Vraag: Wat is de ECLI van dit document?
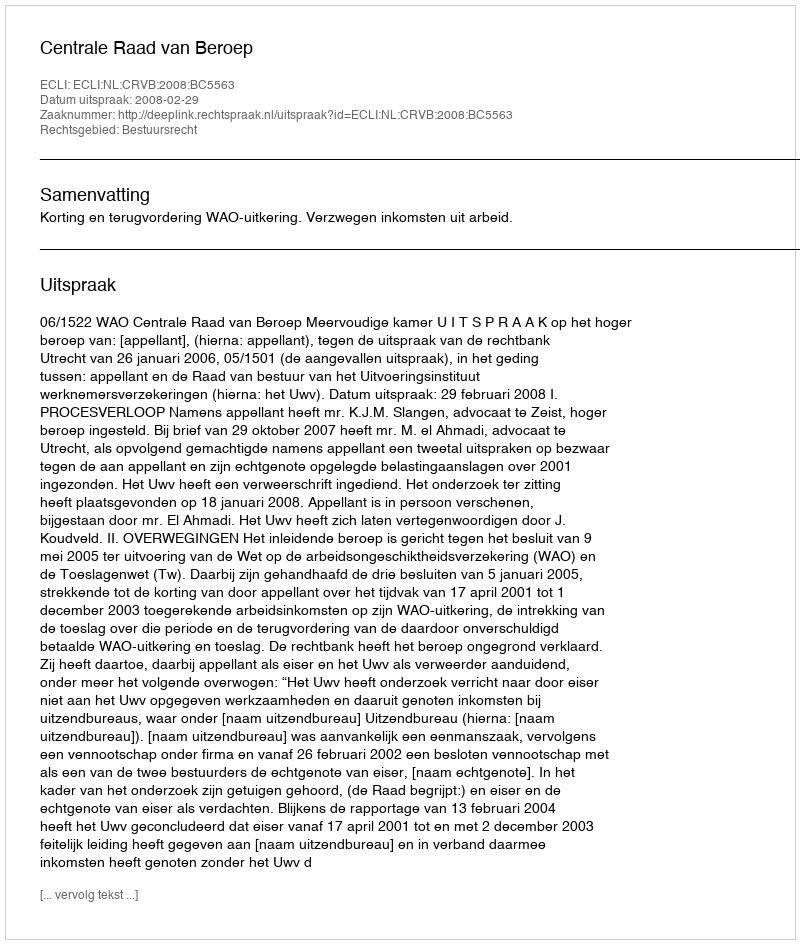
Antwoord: ECLI:NL:CRVB:2008:BC5563